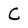
Character: C